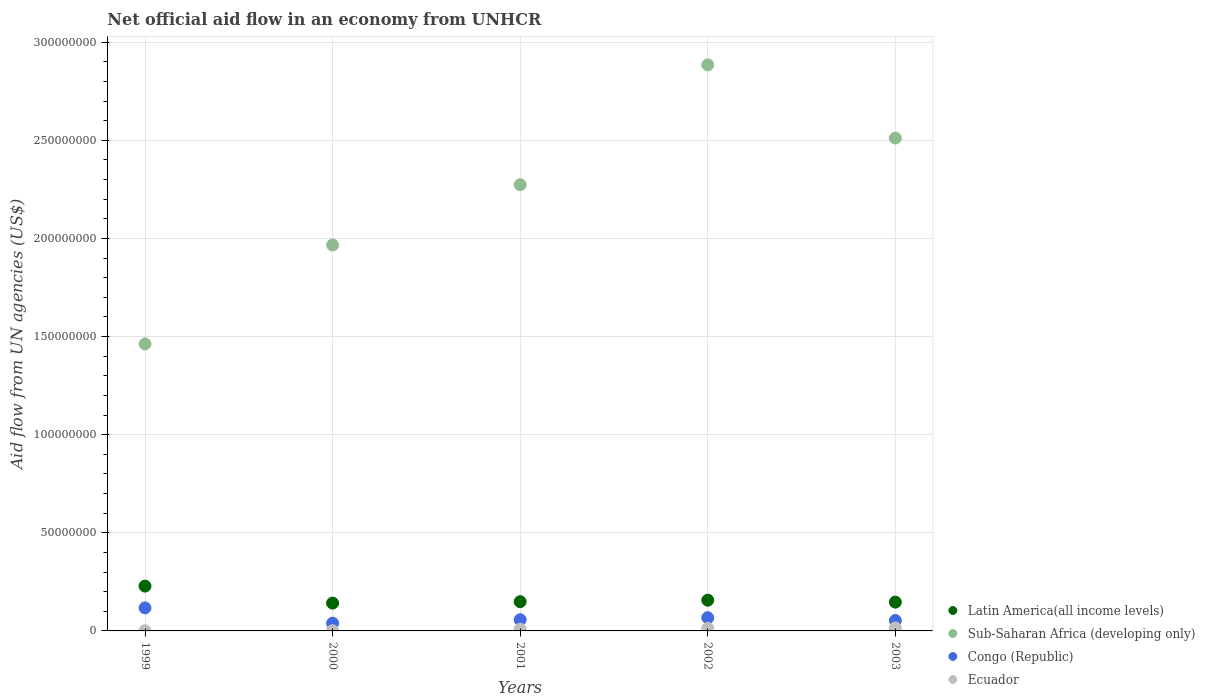
| Years | Latin America(all income levels) | Sub-Saharan Africa (developing only) | Congo (Republic) | Ecuador |
 | --- | --- | --- | --- | --- |
 | 1999 | 2.28e+07 | 1.46e+08 | 1.17e+07 | 1.2e+05 |
 | 2000 | 1.42e+07 | 1.97e+08 | 3.93e+06 | 1.4e+05 |
 | 2001 | 1.49e+07 | 2.27e+08 | 5.7e+06 | 9e+05 |
 | 2002 | 1.57e+07 | 2.88e+08 | 6.73e+06 | 1.34e+06 |
 | 2003 | 1.47e+07 | 2.51e+08 | 5.3e+06 | 1.54e+06 |